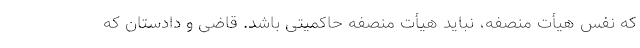
که نفس هیأت منصفه، نباید هیأت منصفه حاکمیتی باشد. قاضی و دادستان که